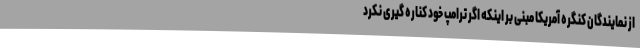
از نمایندگان کنگره آمریکا مبنی بر اینکه اگر ترامپ خود کناره گیری نکرد